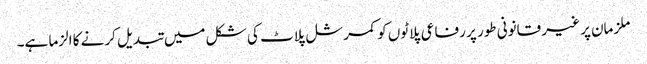
ملزمان پر غیر قانونی طور پر رفاعی پلاٹوں کو کمرشل پلاٹ کی شکل میں تبدیل کرنے کا الزما ہے۔